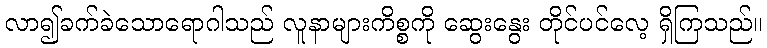
လာ၍ခက်ခဲသောရောဂါသည် လူနာများကိစ္စကို ဆွေးနွေး တိုင်ပင်လေ့ ရှိကြသည်။